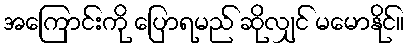
အကြောင်းကို ပြောရမည် ဆိုလျှင် မမောနိုင်။